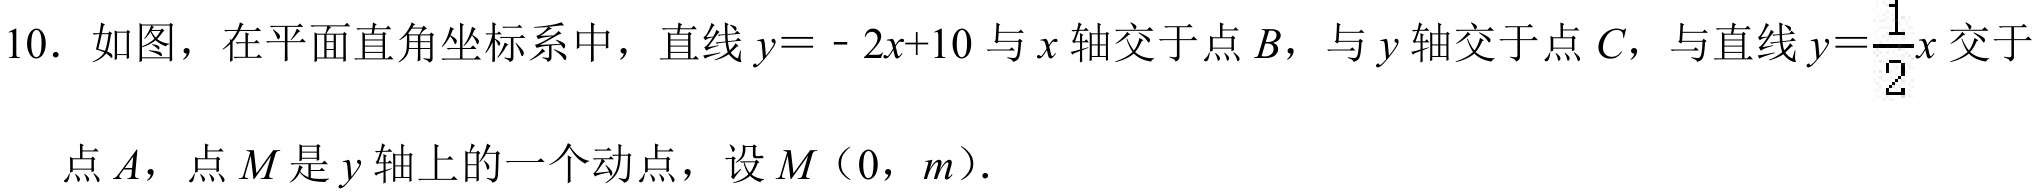
10. 如图，在平面直角坐标系中，直线\(y = - 2x + 10\)与\(x\)轴交于点\(B\)，与\(y\)轴交于点\(C\)，与直线\(y=\dfrac{1}{2}x\)交于点\(A\)，点\(M\)是\(y\)轴上的一个动点，设\(M(0,m)\)．